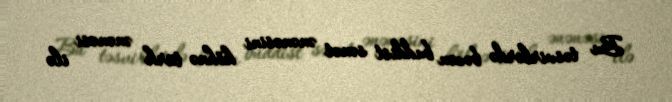
Bu təsvirlərdə bəzən buddist sənət ənənəsini köhnə türk ənənəsi ilə